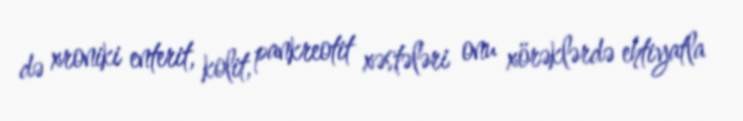
də xroniki enterit, kolit, pankreotit xəstələri onu xörəklərdə ehtiyatla